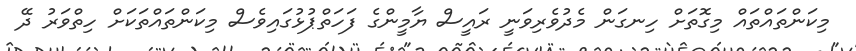
މިކަންތައްތައް މިގޮތަށް ހިނގަން މެދުވެރިވަނީ ރައީސް ޔާމީންގެ ފަހަތްޕުޅުގައިވެސް މިކަންތައްތަކަށް ހިތްވަރު ދޭ